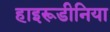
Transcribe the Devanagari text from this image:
हाइरूडीनिया